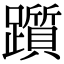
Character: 躓